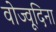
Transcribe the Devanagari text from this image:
वोज्वूदिना